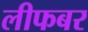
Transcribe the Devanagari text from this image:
लीफबर